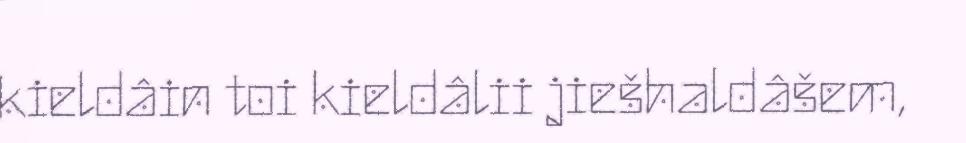
kieldâin toi kieldâlii jiešhaldâšem,